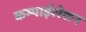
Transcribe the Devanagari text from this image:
कम्पाईलेशन